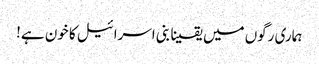
ہماری رگوں میں یقینا بنی اسرائیل کا خون ہے!